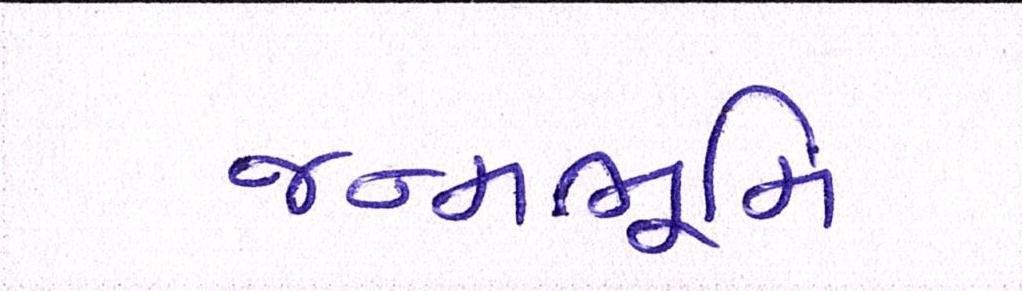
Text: જન્મભૂમિ